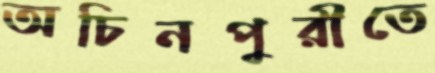
অচিনপুরীতে